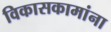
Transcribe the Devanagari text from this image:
विकासकामांना